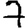
Digit: 7